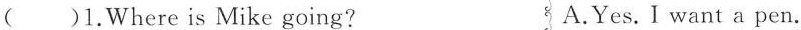
()1.Where is Mike going? A.Yes. I want a pen.